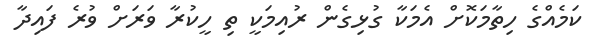
ކަމެއްގެ ހިތާމަކޮށް އެމަކާ ގުޅިގެން ރުއިމަކީ ތި ހީކުރާ ވަރަށް ވުރެ ފައިދާ